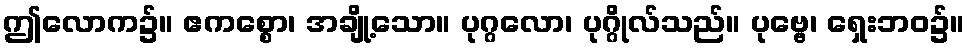
ဤလောက၌။ ဧကစ္စော၊ အချို့သော။ ပုဂ္ဂလော၊ ပုဂ္ဂိုလ်သည်။ ပုဗ္ဗေ၊ ရှေးဘဝ၌။